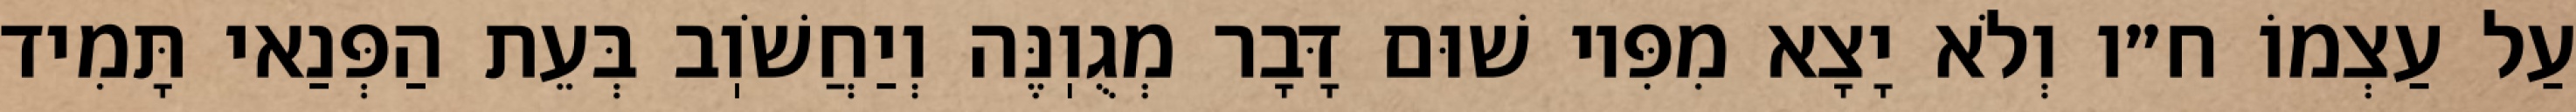
עַל עַצְמוֹ ח״ו וְלֹא יָצָא מִפִּיו שׁוּם דָּבָר מְגֻוֽנֶּה וְיַחֲשֹׁוֽב בְּעֵת הַפְּנַאי תָּמִיד